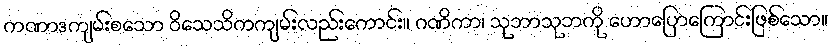
ကဏာဒကျမ်းစသော ဝိသေသိကကျမ်းလည်းကောင်း။ ဂဏိကာ၊ သုဘာသုဘကို ဟောပြောကြောင်းဖြစ်သော။